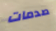
صدمات